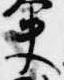
夫